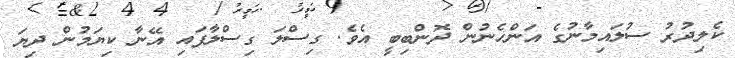
ކެލިދުރު ސުލައިމާނުގެ އަންހެނުން ދޮންބިބީ އެވެ. ގިސްލަ ގިސްލާފައި އޭނާ ކިޔަމުން ދިޔަ